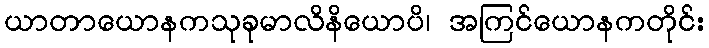
ယာတာယောနကသုခုမာလိနိယောပိ၊ အကြင်ယောနကတိုင်း